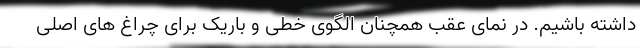
داشته باشیم. در نمای عقب همچنان الگوی خطی و باریک برای چراغ های اصلی